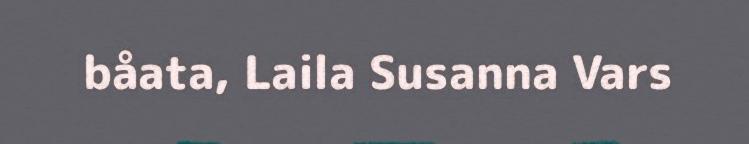
båata, Laila Susanna Vars